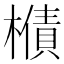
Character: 𱤣